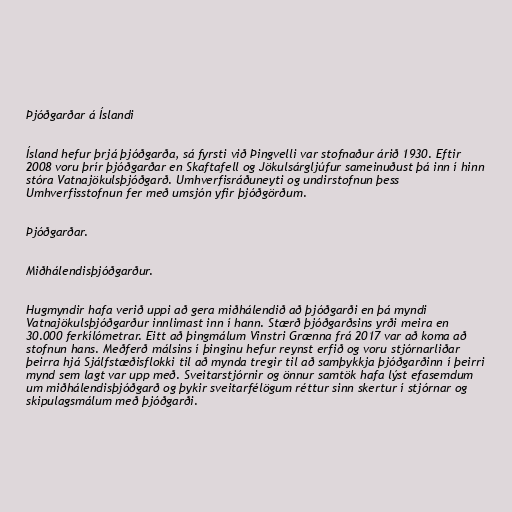
Þjóðgarðar á Íslandi

Ísland hefur þrjá þjóðgarða, sá fyrsti við Þingvelli var stofnaður árið 1930. Eftir
2008 voru þrír þjóðgarðar en Skaftafell og Jökulsárgljúfur sameinuðust þá inn í hinn
stóra Vatnajökulsþjóðgarð. Umhverfisráðuneyti og undirstofnun þess
Umhverfisstofnun fer með umsjón yfir þjóðgörðum.

Þjóðgarðar.

Miðhálendisþjóðgarður.

Hugmyndir hafa verið uppi að gera miðhálendið að þjóðgarði en þá myndi
Vatnajökulsþjóðgarður innlimast inn í hann. Stærð þjóðgarðsins yrði meira en
30.000 ferkílómetrar. Eitt að þingmálum Vinstri Grænna frá 2017 var að koma að
stofnun hans. Meðferð málsins í þinginu hefur reynst erfið og voru stjórnarliðar
þeirra hjá Sjálfstæðisflokki til að mynda tregir til að samþykkja þjóðgarðinn í þeirri
mynd sem lagt var upp með. Sveitarstjórnir og önnur samtök hafa lýst efasemdum
um miðhálendisþjóðgarð og þykir sveitarfélögum réttur sinn skertur í stjórnar og
skipulagsmálum með þjóðgarði.